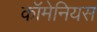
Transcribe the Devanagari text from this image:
कॉमेनियस